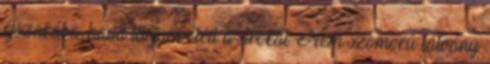
éjszakába, hadd tárjam eléd a sírokat. Nem szomorú látvány